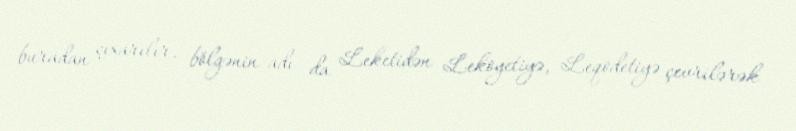
buradan çıxarılır, bölgənin adı da Leketidən Lekoyetiyə, Leqodetiyə çevrilərək